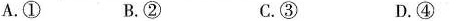
A.① B.② C.③ D.④